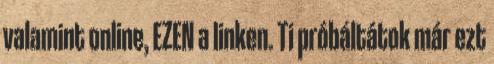
valamint online, EZEN a linken. Ti próbáltátok már ezt